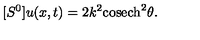
[ S ^ { 0 } ] u ( x , t ) = 2 k ^ { 2 } \mathrm { c o s e c h } ^ { 2 } \theta .